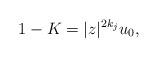
LaTeX: \begin{align*}1-K=|z|^{2k_j}u_0,\end{align*}